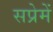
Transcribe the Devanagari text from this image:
सप्रेमें